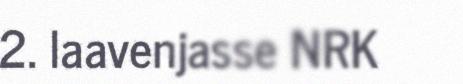
2. laavenjasse NRK